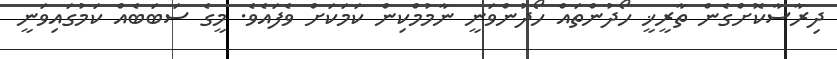
ދިރާސާކޮށްގެން ތާރީޚީ ހޯދުންތައް ހޯދުންވަނީ ނާމުމްކިން ކަމަކަށް ވެފައެވެ. މީގެ ސަބަބެއް ކަމުގައިވަނީ